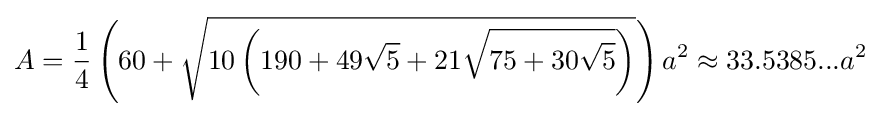
A={\frac {1}{4}}\left(60+{\sqrt {10\left(190+49{\sqrt {5}}+21{\sqrt {75+30{\sqrt {5}}}}\right)}}\right)a^{2}\approx 33.5385...a^{2}